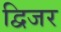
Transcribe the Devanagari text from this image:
द्विजर